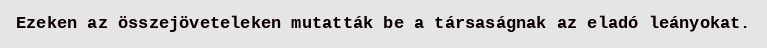
Ezeken az összejöveteleken mutatták be a társaságnak az eladó leányokat.